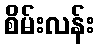
စိမ်းလန်း